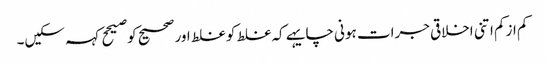
کم ازکم اتنی اخلاقی جرات ہونی چایہے کہ غلط کو غلط اور صحیح کو صیحح کہہ سکیں۔